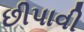
છીપાવી